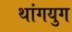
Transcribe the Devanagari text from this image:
थांगयुग